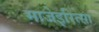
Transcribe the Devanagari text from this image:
माजेइरित्सा